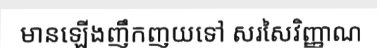
មានឡើងញឹកញយទៅ សរសៃវិញ្ញាណ